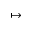
\mapsto